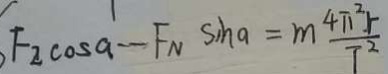
F _ { 2 } \cos a - F _ { N } \sin a = m \frac { 4 \pi ^ { 2 } r } { T ^ { 2 } }